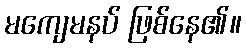
မကျေမနပ် ဖြစ်နေ၏။